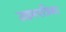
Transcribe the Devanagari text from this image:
उद्यमपत्रिका